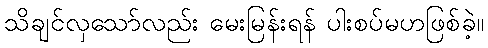
သိချင်လှသော်လည်း မေးမြန်းရန် ပါးစပ်မဟဖြစ်ခဲ့။